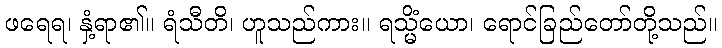
ဖရေရ၊ နှံ့ရာ၏။ ရံသီတိ၊ ဟူသည်ကား။ ရသ္မိံယော၊ ရောင်ခြည်တော်တို့သည်။